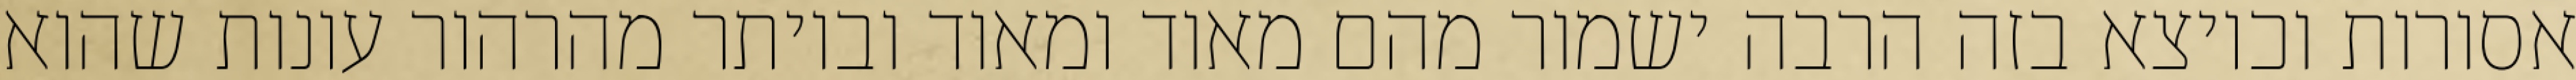
אסורות וכיוצא בזה הרבה ישמור מהם מאוד ומאוד וביותר מהרהור עונות שהוא